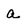
Character: a